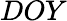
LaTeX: DOY